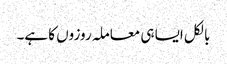
بالکل ایسا ہی معاملہ روزوں کا ہے۔